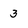
Character: 3